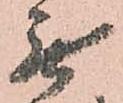
無